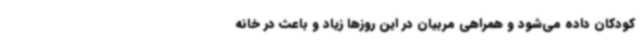
کودکان داده می‌شود و همراهی مربیان در این روزها زیاد و باعث در خانه